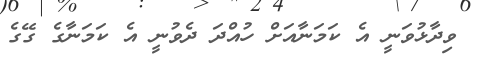
ވިދާޅުވަނީ އެ ކަމަނާއަށް ހުއްދަ ދެވުނީ އެ ކަމަނާގެ ގޭގެ